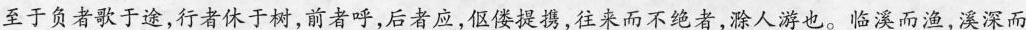
至于负者歌于途，行者休于树，前者呼，后者应，伛偻提携，往来而不绝者，滁人游也。临溪而渔，溪深而